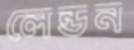
লেন্ডন